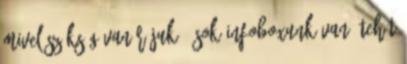
mivel szükség van rájuk = sok infoboxunk van. Tehát